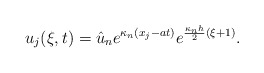
\begin{align*}u_j(\xi, t) = \hat{u}_n e^{\kappa_n (x_j - at)} e^{\frac{\kappa_n h}{2}(\xi + 1)}.\end{align*}